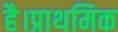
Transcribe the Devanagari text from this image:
है।प्राथमिक